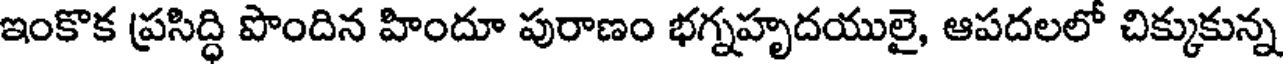
ఇంకొక ప్రసిద్ధి పొందిన హిందూ పురాణం భగ్నహృదయులై, ఆపదలలో చిక్కుకున్న